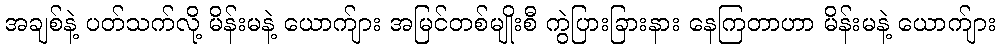
အချစ်နဲ့ ပတ်သက်လို့ မိန်းမနဲ့ ယောက်ျား အမြင်တစ်မျိုးစီ ကွဲပြားခြားနား နေကြတာဟာ မိန်းမနဲ့ ယောက်ျား